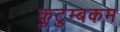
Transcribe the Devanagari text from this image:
कुटुम्‍बकम